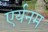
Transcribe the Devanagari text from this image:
एर्यनम